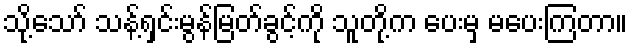
သို့သော် သန့်ရှင်းမွန်မြတ်ခွင့်ကို သူတို့က ပေးမှ မပေးကြတာ။